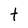
Character: t